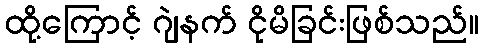
ထို့ကြောင့် ဂျဲနက် ငိုမိခြင်းဖြစ်သည်။